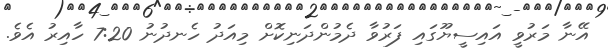
އޭނާ މަރުވީ އައިސީޔޫގައި ފަރުވާ ދެމުންދަނިކޮށް މިއަދު ހެނދުނު 7:20 ހާއިރު އެވެ.